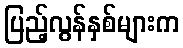
ပြည့်လွန်နှစ်များက